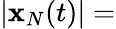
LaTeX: |{\mathbf x}_{N}(t)|=